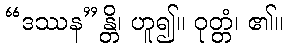
“ဒဿန”န္တိ၊ ဟူ၍။ ဝုတ္တံ၊ ၏။